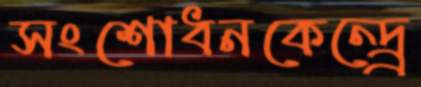
সংশোধনকেন্দ্র্রে